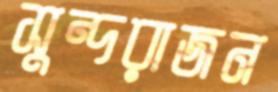
সুন্দরাজন